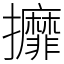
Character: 攠